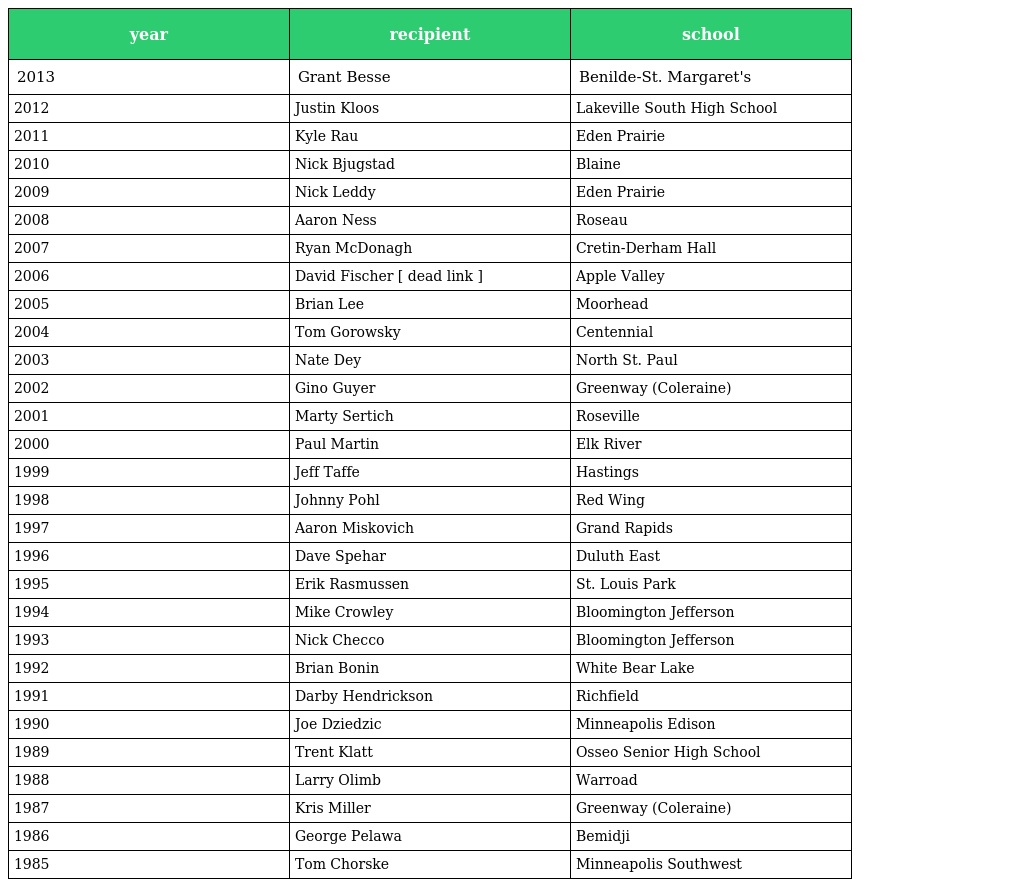
| year | recipient | school |
 | --- | --- | --- |
 | 2013 | Grant Besse | Benilde-St. Margaret's |
 | 2012 | Justin Kloos | Lakeville South High School |
 | 2011 | Kyle Rau | Eden Prairie |
 | 2010 | Nick Bjugstad | Blaine |
 | 2009 | Nick Leddy | Eden Prairie |
 | 2008 | Aaron Ness | Roseau |
 | 2007 | Ryan McDonagh | Cretin-Derham Hall |
 | 2006 | David Fischer [ dead link ] | Apple Valley |
 | 2005 | Brian Lee | Moorhead |
 | 2004 | Tom Gorowsky | Centennial |
 | 2003 | Nate Dey | North St. Paul |
 | 2002 | Gino Guyer | Greenway (Coleraine) |
 | 2001 | Marty Sertich | Roseville |
 | 2000 | Paul Martin | Elk River |
 | 1999 | Jeff Taffe | Hastings |
 | 1998 | Johnny Pohl | Red Wing |
 | 1997 | Aaron Miskovich | Grand Rapids |
 | 1996 | Dave Spehar | Duluth East |
 | 1995 | Erik Rasmussen | St. Louis Park |
 | 1994 | Mike Crowley | Bloomington Jefferson |
 | 1993 | Nick Checco | Bloomington Jefferson |
 | 1992 | Brian Bonin | White Bear Lake |
 | 1991 | Darby Hendrickson | Richfield |
 | 1990 | Joe Dziedzic | Minneapolis Edison |
 | 1989 | Trent Klatt | Osseo Senior High School |
 | 1988 | Larry Olimb | Warroad |
 | 1987 | Kris Miller | Greenway (Coleraine) |
 | 1986 | George Pelawa | Bemidji |
 | 1985 | Tom Chorske | Minneapolis Southwest |